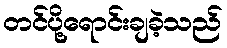
တင်ပို့ရောင်းချခဲ့သည်